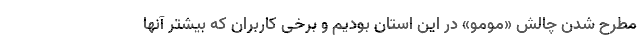
مطرح شدن چالش «مومو» در این استان بودیم و برخی کاربران که بیشتر آنھا